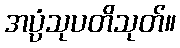
အပ္ပံသုပတိသုတ်။